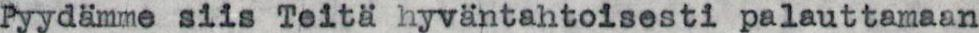
Pyydämme siis Teitä hyväntahtoisesti palauttamaan